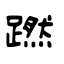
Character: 蹨